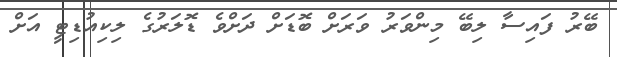
ބޭރު ފައިސާ ލިބޭ މިންވަރު ވަރަށް ބޮޑަށް ދަށްވެ ޑޮލަރުގެ ލިކިއުޑިޓީ އަށް